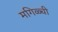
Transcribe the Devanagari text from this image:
मगिळ्ची